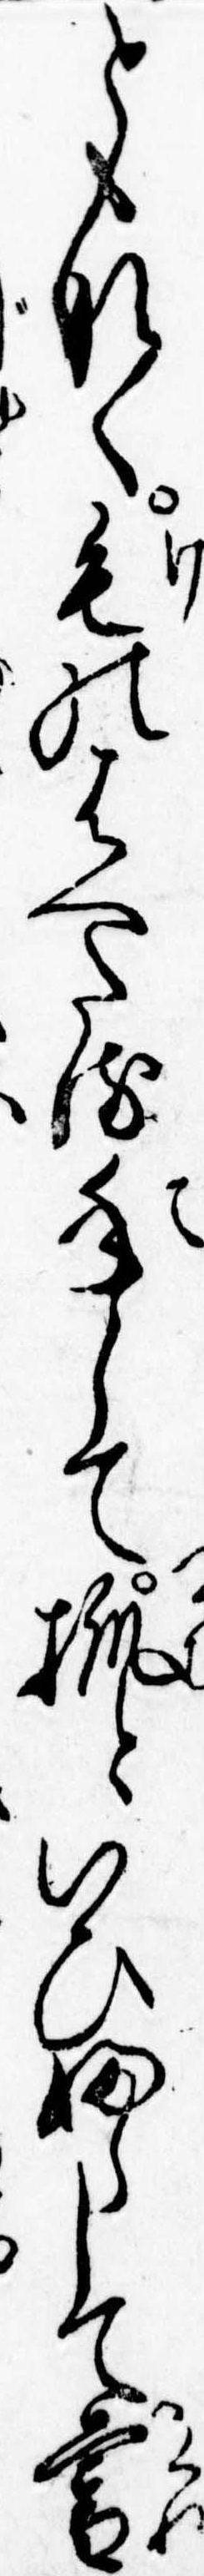
ともなく毛のはへたる手して抓といひふらして暮